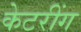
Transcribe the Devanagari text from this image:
केटरींग